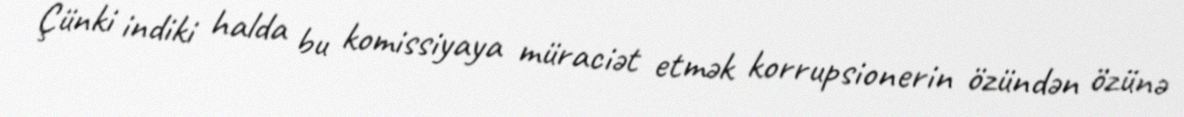
Çünki indiki halda bu komissiyaya müraciət etmək korrupsionerin özündən özünə